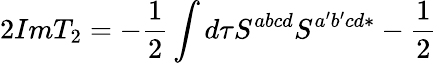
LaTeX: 2ImT_{2}=-\frac 12\int d\tau S^{abcd}S^{a^{\prime}b^{\prime}cd*}-\frac 12